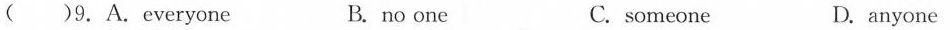
( )9.A.Everyone B. no one C. so neone D. anyone